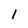
Character: 1